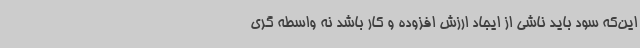
این‌که سود باید ناشی از ایجاد ارزش افزوده و کار باشد نه واسطه گری